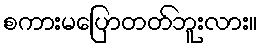
စကားမပြောတတ်ဘူးလား။